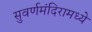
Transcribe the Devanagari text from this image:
सुवर्णमंदिरामध्ये